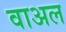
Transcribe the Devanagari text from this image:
वाअल